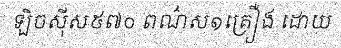
ឡិចស៊ីស៥៧០ ពណ៌ស១គ្រឿង ដោយ